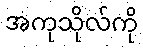
အကုသိုလ်ကို